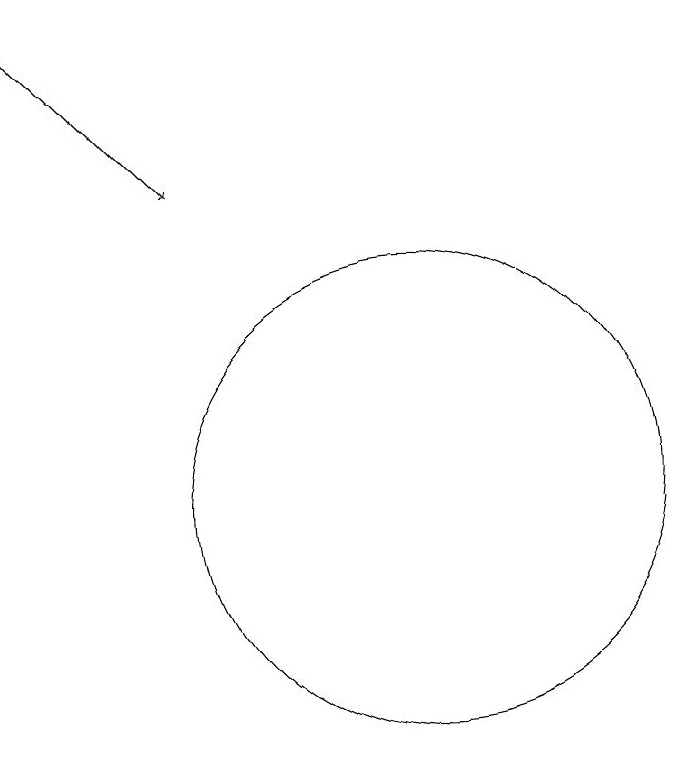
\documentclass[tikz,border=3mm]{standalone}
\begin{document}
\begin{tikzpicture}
\draw[->] (5,17) -- (7,15);
\draw (11,10) circle (0);
\draw (10,11) circle (3);
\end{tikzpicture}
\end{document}